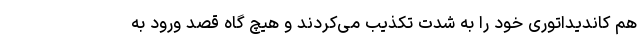
هم کاندیداتوری خود را به شدت تکذیب می‌کردند و هیچ گاه قصد ورود به